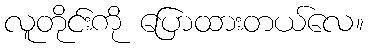
လူတိုင်းကို ပြောထားတယ်လေ။